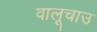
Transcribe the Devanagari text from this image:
वालूचाउ